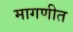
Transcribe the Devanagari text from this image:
मागणीत